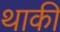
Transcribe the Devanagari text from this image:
थाकी